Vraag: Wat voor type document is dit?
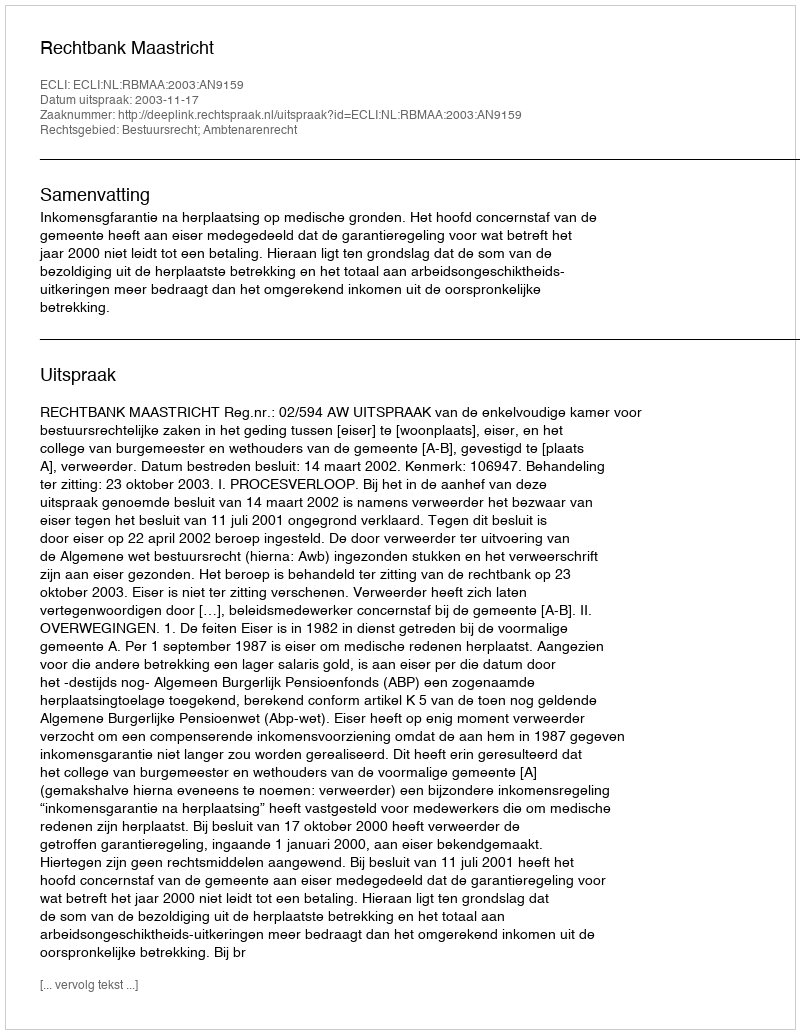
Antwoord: Uitspraak